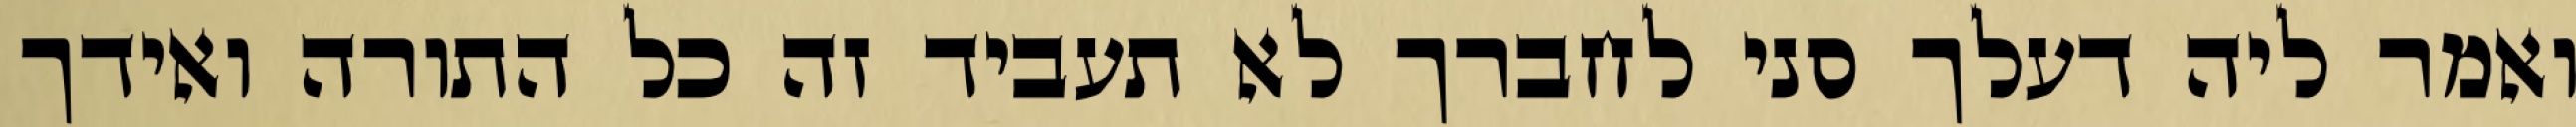
ואמר ליה דעלך סני לחברך לא תעביד זה כל התורה ואידך